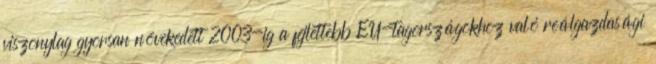
viszonylag gyorsan növekedett 2003-ig a fejlettebb EU-tagországokhoz való reálgazdasági